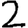
Digit: 2